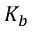
K _ { b }